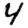
Digit: 4